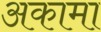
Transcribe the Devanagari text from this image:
अकामा